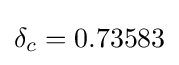
\delta _{c}=0.73583